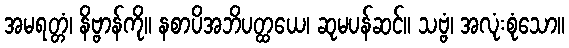
အမရတ္တံ၊ နိဗ္ဗာန်ကို။ နစာပိအဘိပတ္ထယေ၊ ဆုမပန်ဆင်။ သဗ္ဗံ၊ အလုံးစုံသော။